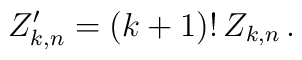
Z'_{k,n} = (k+1) ! \, Z_{k,n} \, .